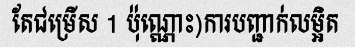
តែជម្រើស 1 ប៉ុណ្ណោះ)ការបញ្ជាក់លម្អិត